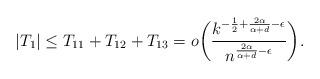
LaTeX: \begin{align*}|T_1| \leq T_{11} + T_{12} + T_{13} = o\biggl(\frac{k^{-\frac{1}{2} + \frac{2\alpha}{\alpha+d} - \epsilon}}{n^{\frac{2\alpha}{\alpha+d} - \epsilon}}\biggr).\end{align*}